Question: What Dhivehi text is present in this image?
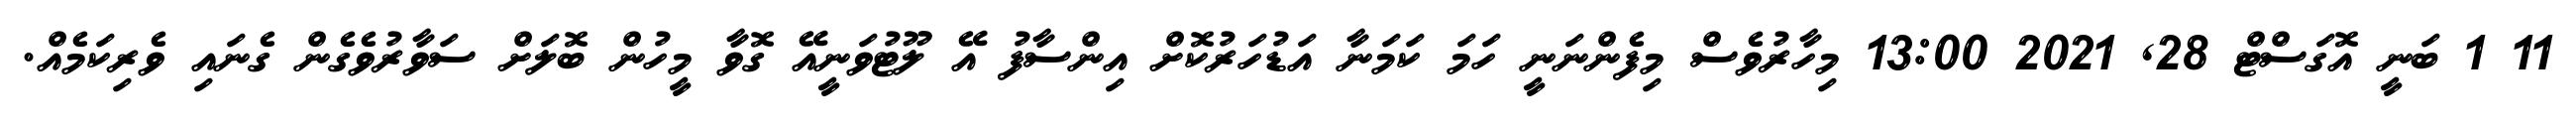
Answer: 11 1 ބަނީ އޮގަސްޓް 28, 2021 13:00 މިހާރުވެސް މިފެންނަނީ ހަމަ ކަމަނާ އަޑުހަރުކޮށް އިންސާފު އޭ ލޫޓުވަނީއޭ ގޮވާ މީހުން ބޮލަށް ސަވާރުވެގެން ގެނައި ވެރިކަމެއް.